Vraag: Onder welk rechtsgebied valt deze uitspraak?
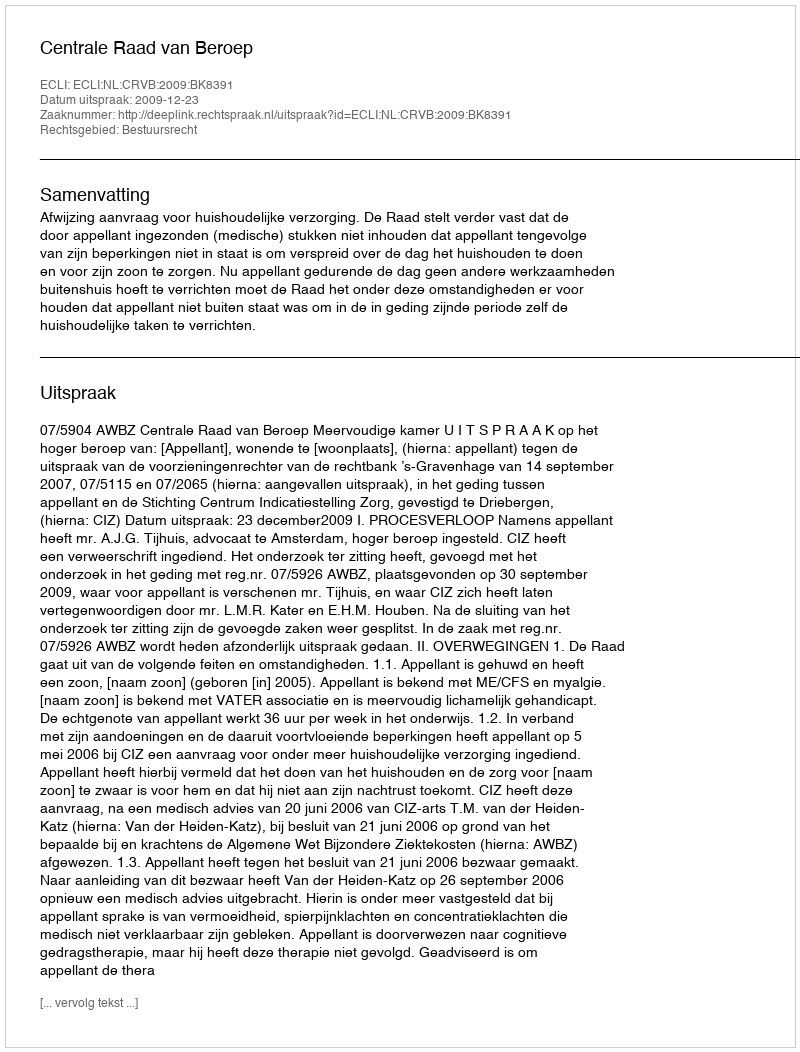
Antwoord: Bestuursrecht